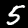
Digit: 5